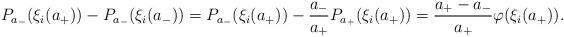
LaTeX: \begin{align*}P_{a_-}(\xi_i(a_+))-P_{a_-}(\xi_i(a_-))=P_{a_-}(\xi_i(a_+))-\frac{a_-}{a_+}P_{a_+}(\xi_i(a_+))=\frac{a_+-a_-}{a_+}\varphi(\xi_i(a_+)).\end{align*}